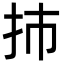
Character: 㧊